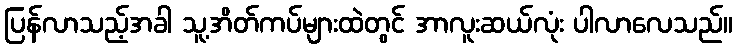
ပြန်လာသည့်အခါ သူ့အိတ်ကပ်များထဲတွင် အာလူးဆယ်လုံး ပါလာလေသည်။